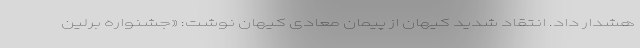
هشدار داد. انتقاد شدید کیهان از پیمان معادی کیهان نوشت: «جشنواره برلین